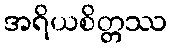
အရိယစိတ္တဿ